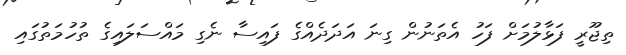
ތިޖޫރީ ފަޅާލުމަށް ފަހު އެތަނުން ގިނަ އަދަދެއްގެ ފައިސާ ނެގި މައްސަލައިގެ ތުހުމަތުގައި